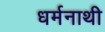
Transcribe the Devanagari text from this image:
धर्मनाथी